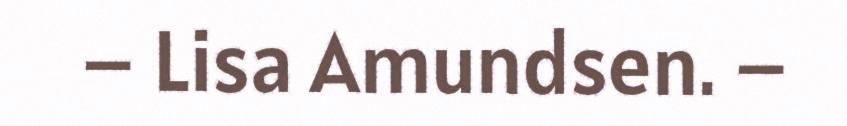
– Lisa Amundsen. –